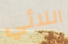
اللائي